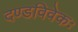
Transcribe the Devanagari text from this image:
दण्डविवेकः